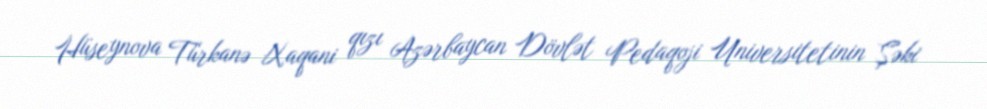
Hüseynova Türkanə Xaqani qızı Azərbaycan Dövlət Pedaqoji Universitetinin Şəki